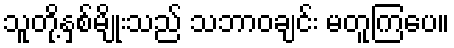
သူတို့နှစ်မျိုးသည် သဘာဝချင်း မတူကြပေ။